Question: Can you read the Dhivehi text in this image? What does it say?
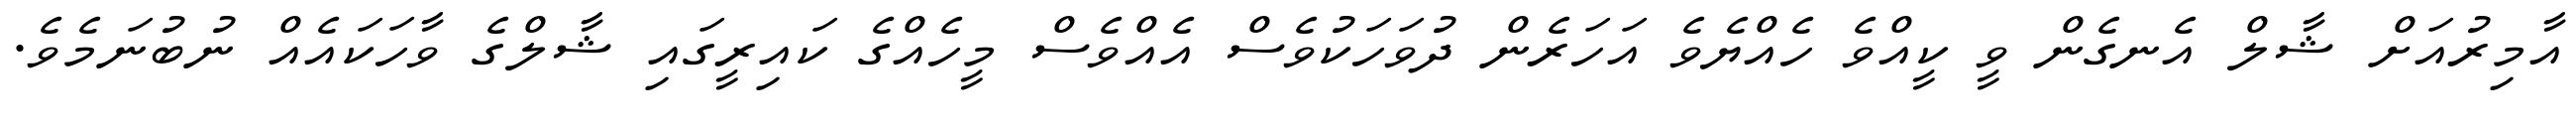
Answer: އާމިރުއަށް ޝާލް އެނގެން ވީ ކީއްވެ ހެއްޔެވެ އަހަރެން ދުވަހަކުވެސް އެއްވެސް މީހެއްގެ ކައިރީގައި ޝާލްގެ ވާހަކައެއް ނުބުނަމެވެ.